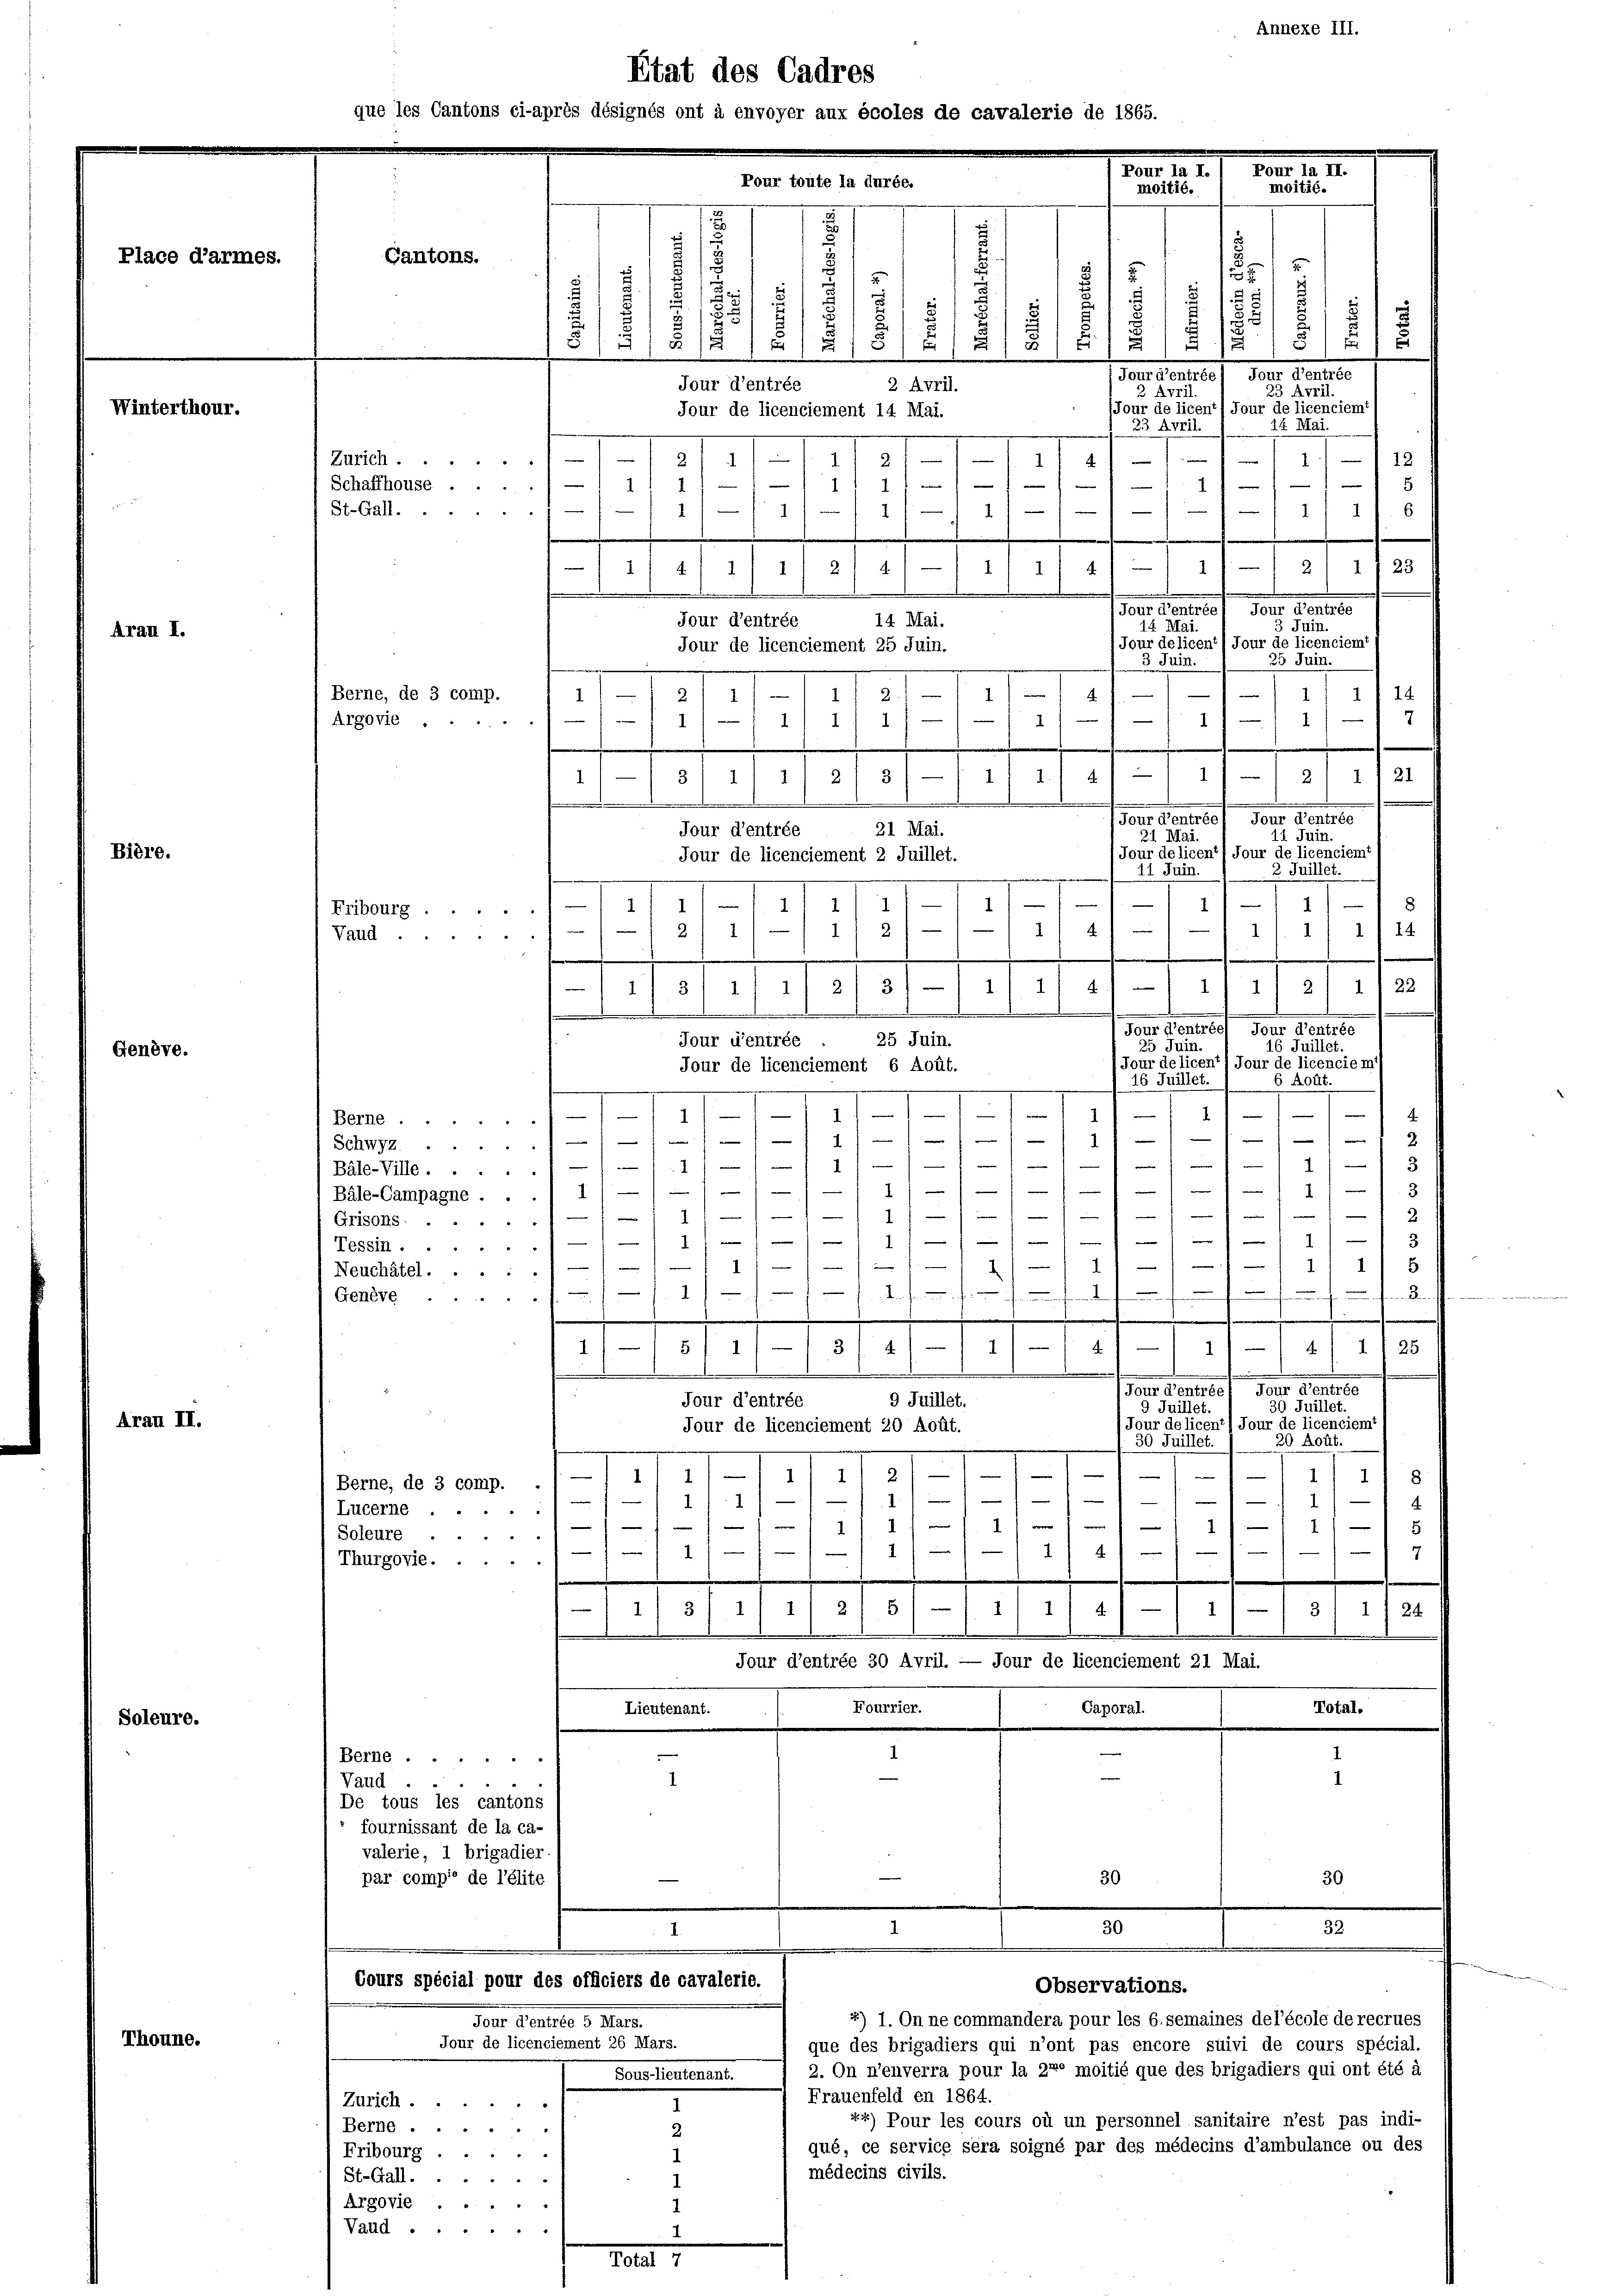
Place d’armes.

hidre.

interthour.

rau I.

Genève.

Arau II.

Uro.

ine.

u
8
2
1
d
2
2
5
.
5.
3
.
u
¬
51 f. 1
§ 15 (1215) a
u
1
.
.
Jourd’entrée, Jour d’entrée
Jour d’entrée
2 April.
23 April.
3 Avril.
(Jour de licent Jour de licenciemt
Jour de licenciement 14 Mai.
14 Mai.
23 April.
.
.
3
e
119
e
—
III
2—112
n
e
n
e
—
1
11
5
—
—
1

.
6

1
 .....................................................................
, 1/4 11 - 2) 1125
d 14 J
3 Juin.
2
Jour delicent/ Jour de licenciemt
25 Juin.
3 Juin.
—
Berne, de 3 comp.

1/ 14
2.
2
1
1
1
1
7
—
11/1/ 1
Argovie .
1111 1
1
1
—
21 11 11 2/ 3/-/1 11 4/
2/ 1121
1
e
e
Jour d’entrée) Jour d’entrée
21 Mai.
Jour d’entrée
11 Juin.
21 Mai.
Jour delicent Jour de licenciemt (
Jour de licenciement 2 Juillet.
2 Juillet.
11 Juin.
1)
8
1
1
1
1
1
1
Fribourg . .
e
n
2
4
1
1
1
1) 14
1
2
Vaud.
22
311/1/ 2/31-11/ 1/ 41 — 11 11 21
1
e
m
Tour d’entrées Jour d’entrée
25 Juin.
Jour d’entrée
25 Juin.
16 Juillet.
(Jour de licent/ Jour de licencie m
Jour de licenciement 6 Aoüt.
16 Juillet.
6 Rou
.
1
1
I—III 11111. 1
4
Berne
e
f
—

v
n
1
1
Schwyz 1/1
—
1

1

1
1
Bäle-Ville .....1) —

4
n
)

.
Bäle-Campagne . . . 1) —
—
—
e

1 f
111
Grisons-
1
)
e

e
3
.
Tessin .

—
4
f
11
111) 5
"
Neuchâtel.
e
.
2
2
.
Genève
4
1)
141
—
51/
4 1 25
3
1
.
d
(Jour d’entrées Jour d’entrée
Jour d’entrée
9 Juillet.
30 Juillet.
9 Juillet.
(Jour delicent Jour de licenciem
Jour de licenciement 20 Août.
20 Kott.
30 Juillet.
e
e
1111/2. II
.
r
118
Berne, de 3 comp.
s

—
e
—
.
1
1
1
Lucerne .....
e
e
—
e
I
1)
1
Soleure
i
1

—
1 1
14
Thurgovie.
1
1
1/3 11 1/21 51 - 111 4
31 1 f 24
.
Jour d’entrée 30 Avril. — Jour de licenciement 21 Mai.
Caporal.
Fourrier.
Total.
Lieutenant.
Berne
1
1
Vaud
De tous les cantons
fournissant de la ca-
valerie, 1 brigadier.
30
par compie de l’élite
30

Cantons.

Zürich
Schaffhouse ...
St.Gall.

Etat des Cadres
ie les Cantons ci-après désignés ont à envoyer aux écoles de cavalerie de 1862
Pour toute la durée.
.

11 21 4

Jour d’entrée
Jour de licenciement 25 Juin.

14. Mai.

18 Mai.

moitié.

Fol. 1. 2. 1. 10. 12. 2.
moitié.

der Centref den Sontale

lexe III.

32.

Cours spécial pour des officiers de cavalerie.
Observations.
x) I. On ne commandera pour les 6. semaines del’école de recrues
Jour d’entrée 5 Mars.
Jour de licenciement 26 Mars.
que des brigadiers qui n’ont pas encore suivi de cours spécial.
2. On n’enverra pour la 220 moitié que des brigadiers qui ont été à
Sous-lieutenant.
Frauenfeld en 1864.
Zürich.
x.) Pour les cours où un personnel sanitaire n’est pas indi-
Berne .
2
qué, ce service sera soigné par des médecins d’ambulance ou des
Fribourg
1
médecins civils.
St.Gall.
e
1
Argovie . .
Vaud ...
I
Total